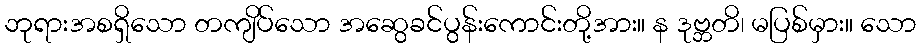
ဘုရားအစရှိသော တကျိပ်သော အဆွေခင်ပွန်းကောင်းတို့အား။ န ဒုဗ္ဘတိ၊ မပြစ်မှား။ သော